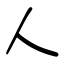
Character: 人